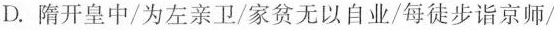
D.隋开皇中/为左亲卫/家贫无以自业/每徒步诣京师/